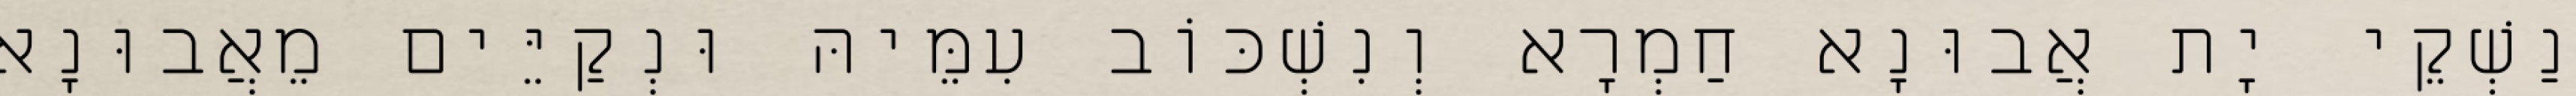
נַשְׁקֵי יָת אֲבוּנָא חַמְרָא וְנִשְׁכּוֹב עִמֵּיהּ וּנְקַיֵּים מֵאֲבוּנָא